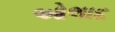
ઓલાદ